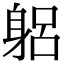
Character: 躳